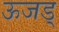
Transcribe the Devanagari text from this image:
ऊजड्